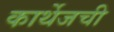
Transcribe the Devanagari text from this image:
कार्थेजची